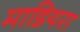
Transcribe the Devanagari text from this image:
माडियरा